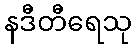
နဒီတီရေသု